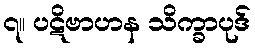
၇။ ပဋိဗာဟန သိက္ခာပုဒ်